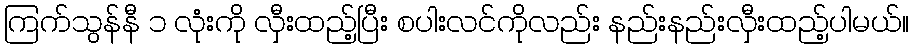
ကြက်သွန်နီ ၁ လုံးကို လှီးထည့်ပြီး စပါးလင်ကိုလည်း နည်းနည်းလှီးထည့်ပါမယ်။